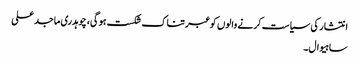
انتشار کی سیاست کرنے والوں کو عبرتناک شکست ہوگی، چوہدری ماجد علی
ساہیوال۔